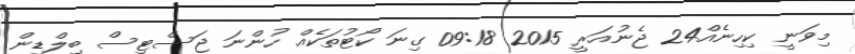
މިވަނީ ކިހިނެއް24 ޖެނުއަރީ 2015 09:18 ގިނަ ކޯޓުތަކެއް ހުންނަ ޖަސްޓިސް ބިލްޑިން